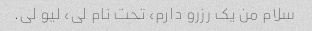
سلام من یک رزرو دارم، تحت نام لی، لیو لی.